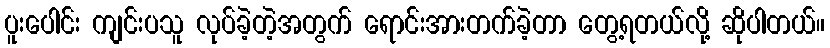
ပူးပေါင်း ကျင်းပသူ လုပ်ခဲ့တဲ့အတွက် ရောင်းအားတက်ခဲ့တာ တွေ့ရတယ်လို့ ဆိုပါတယ်။